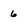
Character: 6